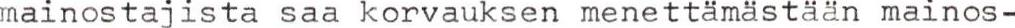
mainostajista saa korvauksen menettämästään mainos-